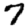
Digit: 7